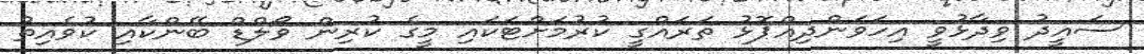
ސައީދު ވިދާޅުވީ އިހަވަންދިއްޕޮޅު ތަރައްގީ ކުރުމަށްޓަކައި މީގެ ކުރިން ވޯލްޑް ބޭންކާއި ކުވެއިތު